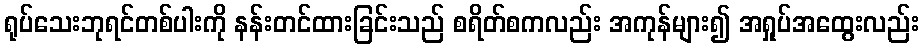
ရုပ်သေးဘုရင်တစ်ပါးကို နန်းတင်ထားခြင်းသည် စရိတ်စကလည်း အကုန်များ၍ အရှုပ်အထွေးလည်း